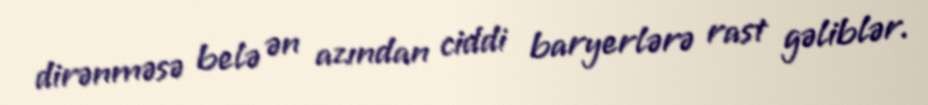
dirənməsə belə ən azından ciddi baryerlərə rast gəliblər.